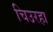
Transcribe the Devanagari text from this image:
चिउरहा